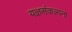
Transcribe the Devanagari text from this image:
यज्ञसंकल्पना